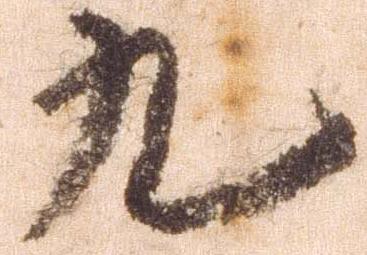
九